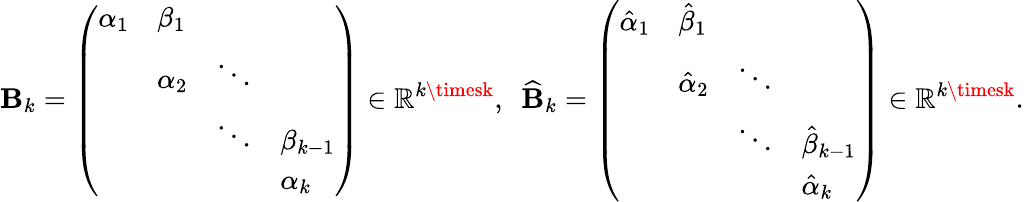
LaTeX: \mathbf{B}_{k}=\left(\begin{array}{llll}{\alpha_{1}}&{\beta_{1}}&&\\ &{\alpha_{2}}&{\ddots}&\\ &&{\ddots}&{\beta_{k-1}}\\ &&&{\alpha_{k}}\end{array}\right)\in\mathbb{{R}}^{k\timesk},\ \ \widehat{{\mathbf{B}}}_{k}=\left(\begin{array}{llll}{\hat{\alpha}_{1}}&{\hat{\beta}_{1}}&&\\ &{\hat{\alpha}_{2}}&{\ddots}&\\ &&{\ddots}&{\hat{\beta}_{k-1}}\\ &&&{\hat{\alpha}_{k}}\end{array}\right)\in\mathbb{{R}}^{k\timesk}.